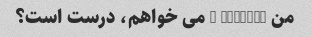
من 6420422 3 می خواهم، درست است؟